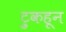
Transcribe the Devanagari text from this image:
ट्रुकहून